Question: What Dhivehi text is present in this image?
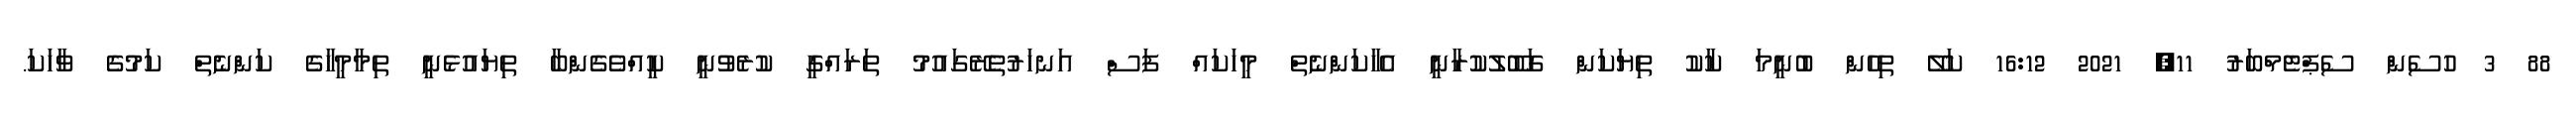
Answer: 88 3 ހުސެން ސެޕްޓެމްބަރު 11, 2021 16:12 ކަލޭ ތިހެން ބުނީމަ ކާކު ތިޔަކަން ގަބޫލުކުރާނީ އެހާކަންނެތް މީހަކައް ފަސް އަނހަރުތެރޭގައުމު ތަރައްގީ ކުރެވުނީ ކީއްވެގެންބާ ތިޔައުޅެނީ ތިމާމީހާގެ ކަންނެތް ކަމުގެ ވާހަކަ.